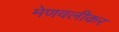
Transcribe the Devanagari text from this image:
मेणवलीकर